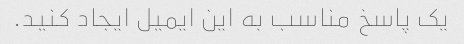
یک پاسخ مناسب به این ایمیل ایجاد کنید.